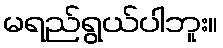
မရည်ရွယ်ပါဘူး။